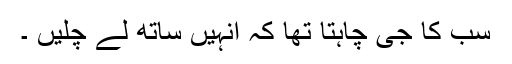
سب کا جی چاہتا تھا کہ انہیں ساتھ لے چلیں ۔